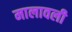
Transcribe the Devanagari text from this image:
मालावली